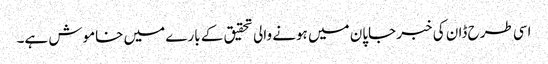
اسی طرح ڈان کی خبر جاپان میں ہونے والی تحقیق کے بارے میں خاموش ہے۔